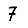
Digit: 7